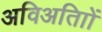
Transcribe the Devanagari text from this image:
अविअतािों